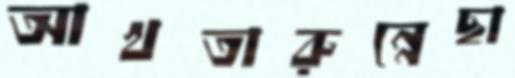
আখতারুন্নেছা